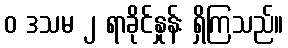
ဝ ဒသမ ၂ ရာခိုင်နှုန်း ရှိကြသည်။